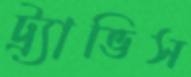
ট্র্যাভিস